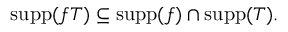
\operatorname { s u p p } ( f T ) \subseteq \operatorname { s u p p } ( f ) \cap \operatorname { s u p p } ( T ) .